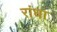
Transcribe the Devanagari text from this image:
रांधा